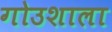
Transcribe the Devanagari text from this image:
गोउशाला